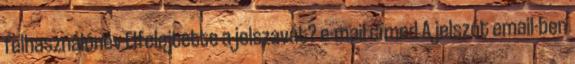
felhasználónév Elfelejtette a jelszavát? e-mail címed A jelszót email-ben